Scottish Leaving Certificate Examination, 1959
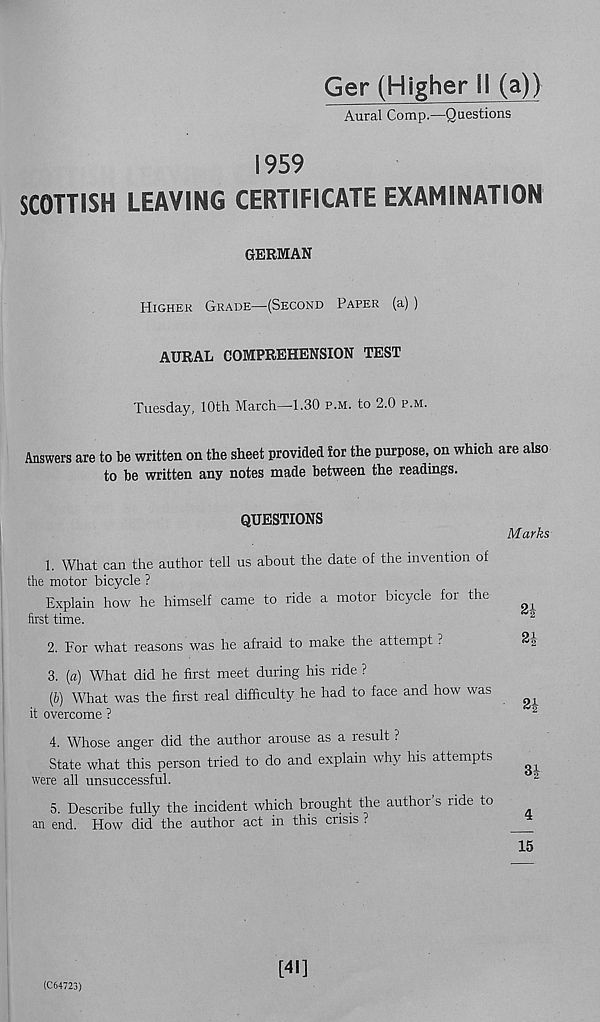
Ger (Higher II (a)}
Aural Comp—Questions
1959
SCOTTISH LEAVING CERTIFICATE EXAMINATION
GERMAN
Higher Grade—(Second Paper (a) )
AURAL COMPREHENSION TEST
Tuesday, 10th March—1.30 p.m. to 2.0 p.m.
Answers are to be written on the sheet provided ior the purpose, on which are also
to be written any notes made between the readings.
QUESTIONS
Marks
1. What can the author tell us about the date of the invention of
the motor bicycle ?
Explain how he himself came to ride a motor bicycle for the
^
first time.
2
2. For what reasons was he afraid to make the attempt , J
3. [a) What did he first meet during his ride ?
(b) What was the first real difficulty, he had to face and how was
^
it overcome ?
2
4. Whose anger did the author arouse as a result ?
State what this person tried to do and explain why his attempts
^
were all unsuccessful.
2
5. Describe fully the incident which brought the author’s ride to
an end. How did the author act in this crisis ?
*
15
(C64723)
[41]